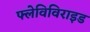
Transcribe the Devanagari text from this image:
फ्लेविविराइड